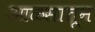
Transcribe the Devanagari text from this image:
आळसातून